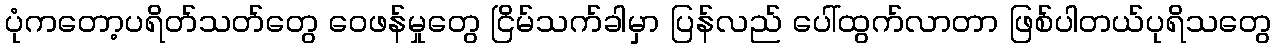
ပုံကတော့ပရိတ်သတ်တွေ ဝေဖန်မှုတွေ ငြိမ်သက်ခါမှာ ပြန်လည် ပေါ်ထွက်လာတာ ဖြစ်ပါတယ်ပုရိသတွေ